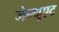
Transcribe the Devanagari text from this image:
जेन्युएट